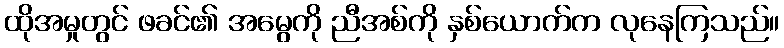
ထိုအမှုတွင် ဖခင်၏ အမွေကို ညီအစ်ကို နှစ်ယောက်က လုနေကြသည်။